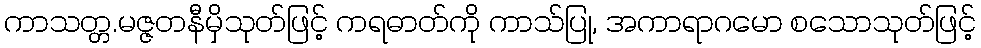
ကာသတ္တ.မဇ္ဇတနီမှိသုတ်ဖြင့် ကရဓာတ်ကို ကာသ်ပြု, အကာရာဂမော စသောသုတ်ဖြင့်